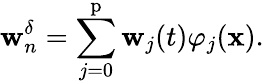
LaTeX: \textbf{w}_{n}^{\delta}=\sum_{j=0}^{\mathrm{p}}\textbf{w}_{j}(t)\varphi_{j}(\textbf{x}).